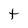
Character: t